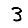
Digit: 3